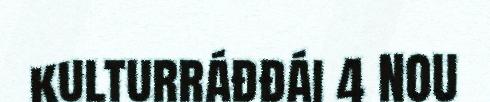
kulturráđđái 4 NOU